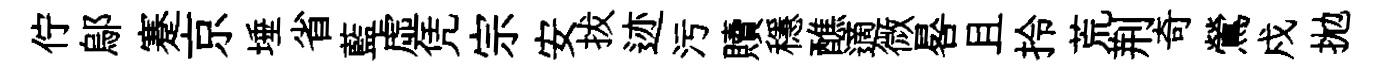
佇鄔蹇京埵省藍虚凭宗安拔迹污贖穩醮適微晷且拎荒荆奇鶯戍拋